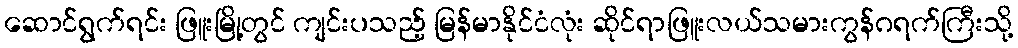
ဆောင်ရွက်ရင်း ဖြူးမြို့တွင် ကျင်းပသည့် မြန်မာနိုင်ငံလုံး ဆိုင်ရာဖြူးလယ်သမားကွန်ဂရက်ကြီးသို့